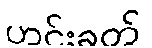
ဟင်းခတ်